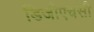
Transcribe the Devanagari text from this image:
डिजीएचसी